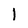
Character: l